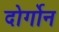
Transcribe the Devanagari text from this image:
दोर्गोन